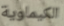
الكيماوية